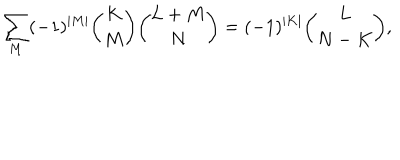
\sum _ { M } ( - 1 ) ^ { | M | } { \binom { K } { M } } { \binom { L + M } { N } } = ( - 1 ) ^ { | K | } { \binom { L } { N - K } } ,